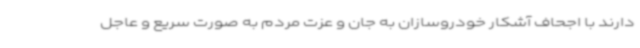
دارند با اجحاف آشکار خودروسازان به جان و عزت مردم به صورت سریع و عاجل